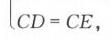
\(CD = CE\)